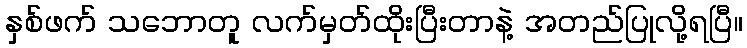
နှစ်ဖက် သဘောတူ လက်မှတ်ထိုးပြီးတာနဲ့ အတည်ပြုလို့ရပြီ။